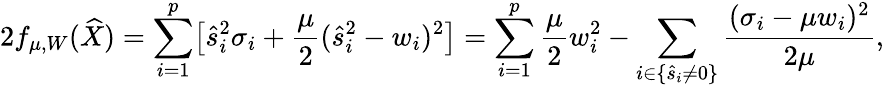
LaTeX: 2f_{\mu,W}(\widehat{X})=\sum_{i=1}^{p}\bigl[\hat{s}_{i}^{2}\sigma_{i}+\frac{\mu}{2}(\hat{s}_{i}^{2}-w_{i})^{2}\bigr]=\sum_{i=1}^{p}\frac{\mu}{2}w_{i}^{2}-\sum_{i\in\{ \hat{s}_{i}\neq 0\} }\frac{(\sigma_{i}-\mu w_{i})^{2}}{2\mu},